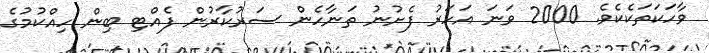
ވާހަކަތަކެކެވެ. 2000 ވަނަ އަހަރު ފެށުނު ތަނާހެން ސަރުކާރުން ފެއްޓި ބިން ހިއްކުމުގެ